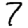
Digit: 7